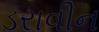
ડરાવીન